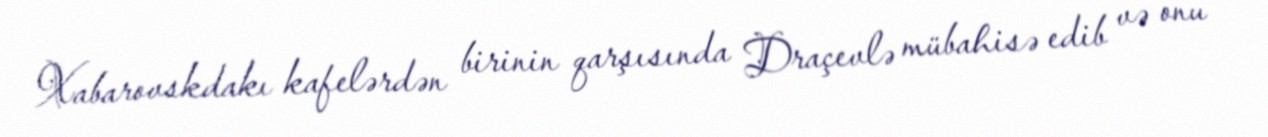
Xabarovskdakı kafelərdən birinin qarşısında Draçevlə mübahisə edib və onu